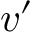
v ^ { \prime }